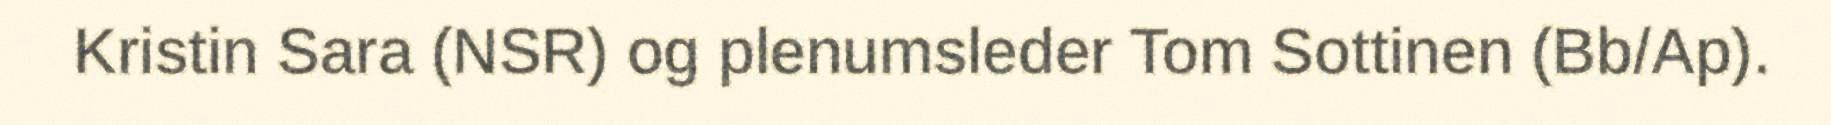
Kristin Sara (NSR) og plenumsleder Tom Sottinen (Bb/Ap).